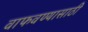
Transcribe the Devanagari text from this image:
वाफवण्यासाठी